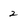
Character: 2